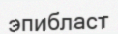
эпибласт